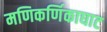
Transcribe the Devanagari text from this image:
मणिकर्णिकाघाट